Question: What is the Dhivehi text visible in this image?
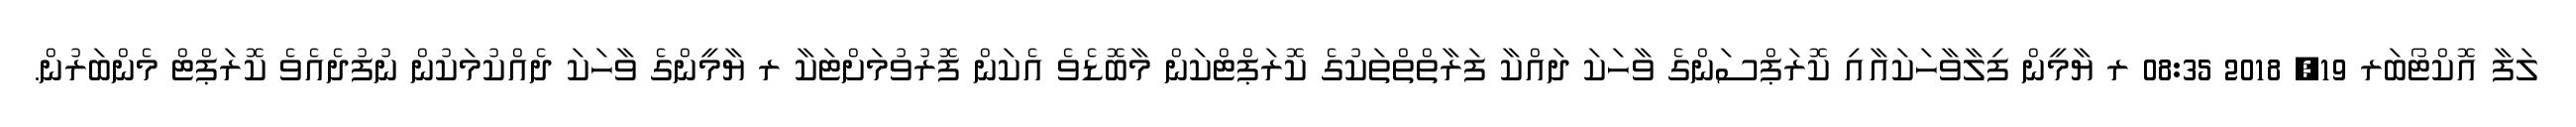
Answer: ލަފާ އޮކްޓޯބަރ 19, 2018 08:35 ރ ޔާމީން ފިލާވާހަކައާއި ކޮރަޕްސަންގެ ވާހަކަ ދައްކާ ފަރާތްތްތަކުގެ ކޮރަޕްޓްކަން މާބޮޑެވެ އެކަން ފޮރުވުމަށްޓަކާ ރ ޔާމީންގެ ވާހަކަ ދެއްކުމަކުން ނުފުދެއެވެ ކޮރަޕްޓް މެންބަރުން.